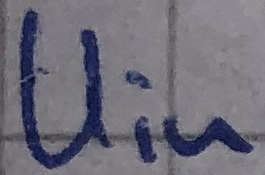
Text: Uin